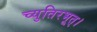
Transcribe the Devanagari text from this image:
च्युतिरभूत्।